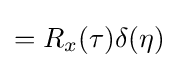
=R_{x}(\tau )\delta (\eta )